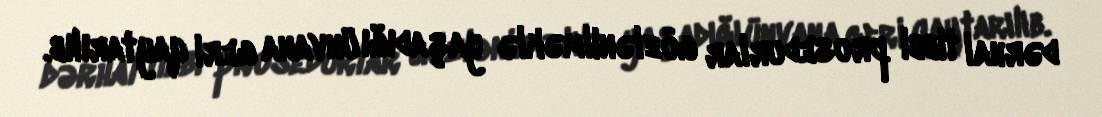
dərhal tibbi prosedurlar gözlənilməklə yaşadığı ünvana geri qaytarılıb.